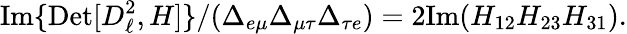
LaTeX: \mathrm{Im}\{ \mathrm{Det}[D_{\ell}^{2},H]\} /(\Delta_{e\mu}\Delta_{\mu\tau}\Delta_{\tau e})=2\mathrm{Im}(H_{12}H_{23}H_{31}).